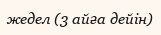
жедел (3 айға дейін)